Report of the Municipal Commissioner on the plague in Bombay for the year ending 31st May... - Volume 1
Disease focus: Plague
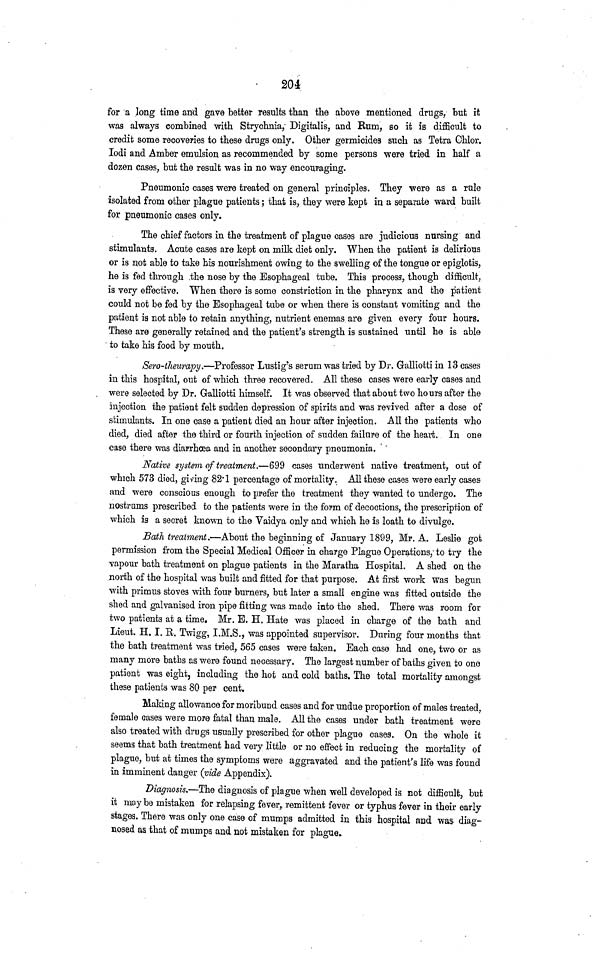
204
for a long time and gave better results than the above mentioned drugs, but it
was always combined with Strychnia, Digitalis, and Rum, so it is difficult to
credit some recoveries to these drugs only. Other germicides such as Tetra Chlor.
lodi and Amber emulsion as recommended by some persons were tried in half a
dozen cases, but the result was in no way encouraging.
Pneumonic cases were treated on general principles. They were as a rule
isolated from other plague patients; that is, they were kept in a separate ward built
for pneumonic cases only.
The chief factors in the treatment of plague cases are judicious nnrsing and
stimulants. Acute cases are kept on milk diet only. When the patient is delirious
or is not able to take his nourishment owing to the swelling of the tongue or epiglotis,
he is fed through .the nose by the Esophageal tube. This process, though difficult,
is very effective. When there is some constriction in the pharynx and the patient
could not be fed by the Esophageal tube or when there is constant vomiting and the
patient is not able to retain anything, nutrient enemas are given every four hours.
These are generally retained and the patient's strength is sustained until he is able
to take his food by mouth.
Sero-theurapy.—Professor Lustig's serum was tried by Dr. Galliotti in 13 cases
in this hospital, out of which three recovered. All these cases were early cases and
were selected by Dr. Galliotti himself. It was observed that about two hours after the
injection the patient felt sudden depression of spirits and was revived after a dose of
stimulants. In one case a patient died an hour after injection. All the patients who
died, died after the third or fourth injection of sudden failure of the heart. In one
case there was diarrhoea and in another secondary pneumonia.
Native system of treatment.—699 cases underwent native treatment, out of
which 573 died, giving 82·1 percentage of mortality. All these cases were early cases
and were conscious enough to prefer the treatment they wanted to undergo. The
nostrums prescribed to the patients were in the form of decoctions, the prescription of
which is a secret known to the Vaidya only and which he is loath to divulge.
Bath treatment.—About the beginning of January 1899, Mr. A. Leslie got
permission from the Special Medical Officer in charge Plague Operations, to try the
vapour bath treatment on plague patients in the Maratha Hospital. A shed on the
north of the hospital was built and fitted for that purpose. At first work Was begun
with primus stoves with four burners, but later a small engine was fitted outside the
shed and galvanised iron pipe fitting was made into the shed. There was room for
two patients at a time. Mr. E. H. Hate was placed in charge of the bath and
Lieut. H. I. E. Twigg, I.M.S., was appointed supervisor. During four months that
the bath treatment was tried, 565 cases were taken. Each case had one, two or as
many more baths as were found necessary. The largest number of baths given to one
patient was eight, including the hot and cold baths. The total mortality amongst
these patients was 80 per cent.
Making allowance for moribund cases and for undue proportion of males treated,
female cases were more fatal than male. All the cases under bath treatment were
also treated with drugs usually prescribed for other plague cases. On the whole it
seems that bath treatment had very little or no effect in reducing the mortality of
plague, but at times the symptoms were aggravated and the patient's life was found
in imminent danger (vide Appendix).
Diagnosis.—The diagnosis of plague when well developed is not difficult, but
it may be mistaken for relapsing fever, remittent fever or typhus fever in their early
stages, There was only one case of mumps admitted in this hospital and was diag-
nosed as that of mumps and not mistaken for plague.